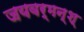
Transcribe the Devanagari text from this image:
जयवर्मन्‌श्